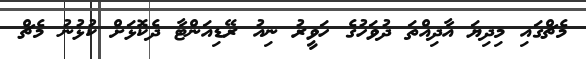
މެޗްގައި މިދިޔަ އާދިއްތަ ދުވަހުގެ ހަވީރު ނިއު ރޭޑިއަންޓާ ދެކޮޅަށް ކުޅުނު މެޗް